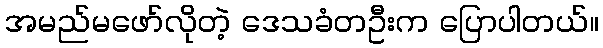
အမည်မဖော်လိုတဲ့ ဒေသခံတဦးက ပြောပါတယ်။